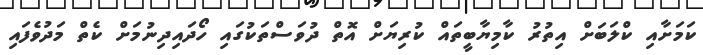
ކަމަށާއި ކްލަބަށް އިތުރު ކާމިޔާބީތައް ކުރިޔަށް އޮތް ދުވަސްތަކުގައި ހޯދައިދިނުމަށް ކެތް މަދުވެފައި